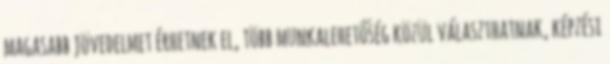
magasabb jövedelmet érhetnek el, több munkalehetőség közül választhatnak, képzési